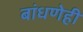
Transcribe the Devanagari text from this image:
बांधणेही